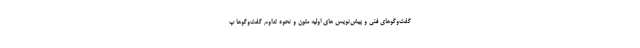
گفت‌وگوهای فنی و پیش‌نویس های اولیه متون و نحوه تداوم گفت‌وگوها پ